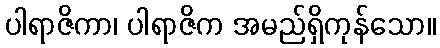
ပါရာဇိကာ၊ ပါရာဇိက အမည်ရှိကုန်သော။